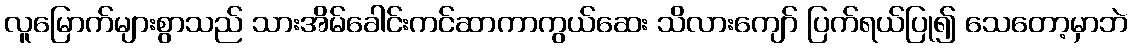
လူမြောက်များစွာသည် သားအိမ်ခေါင်းကင်ဆာကာကွယ်ဆေး သိလားကျော် ပြက်ရယ်ပြု၍ သေတော့မှာဘဲ